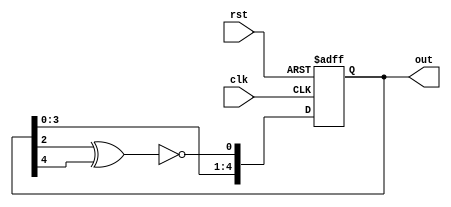
module LFSR(out,clk,rst);
output  reg[4:0] out;
input clk,rst;
wire feedback;
assign feedback = ~(out[2]^out[4]);
always@(posedge  clk,posedge rst)
	begin
		if(rst)
			out = 5'b0;
		else
			out = {out[3:0],feedback};
	end
endmodule